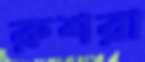
রুশরা